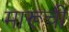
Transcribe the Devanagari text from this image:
मारूची